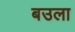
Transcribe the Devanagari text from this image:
बउला